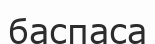
баспаса